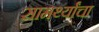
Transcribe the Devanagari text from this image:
सामर्थ्यांचा